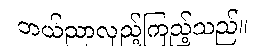
ဘယ်ညာလှည့်ကြည့်သည်။